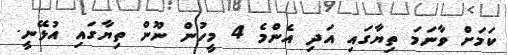
ކަމަށް ވާނަމަ ތިޔާގައި އަދި އެންމެ 4 މީހުން ނޫން ތިޔާގައި އުޅޭނީ.